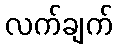
လက်ချက်